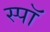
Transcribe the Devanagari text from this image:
स्पॉ